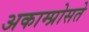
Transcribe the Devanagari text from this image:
अकाम्प्रोसते